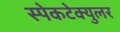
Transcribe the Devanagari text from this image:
स्पेकटेक्युलर